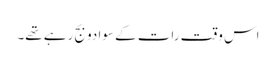
اس وقت رات کے سوا دو بج رہے تھے۔